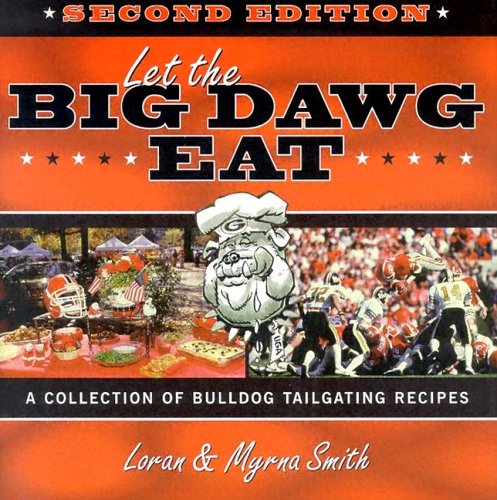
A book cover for Let The Big Dawg Eat, 2nd Edition: A Collection of Bulldog Tailgating Recipes; Loran Smith; Cookbooks, Food & Wine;